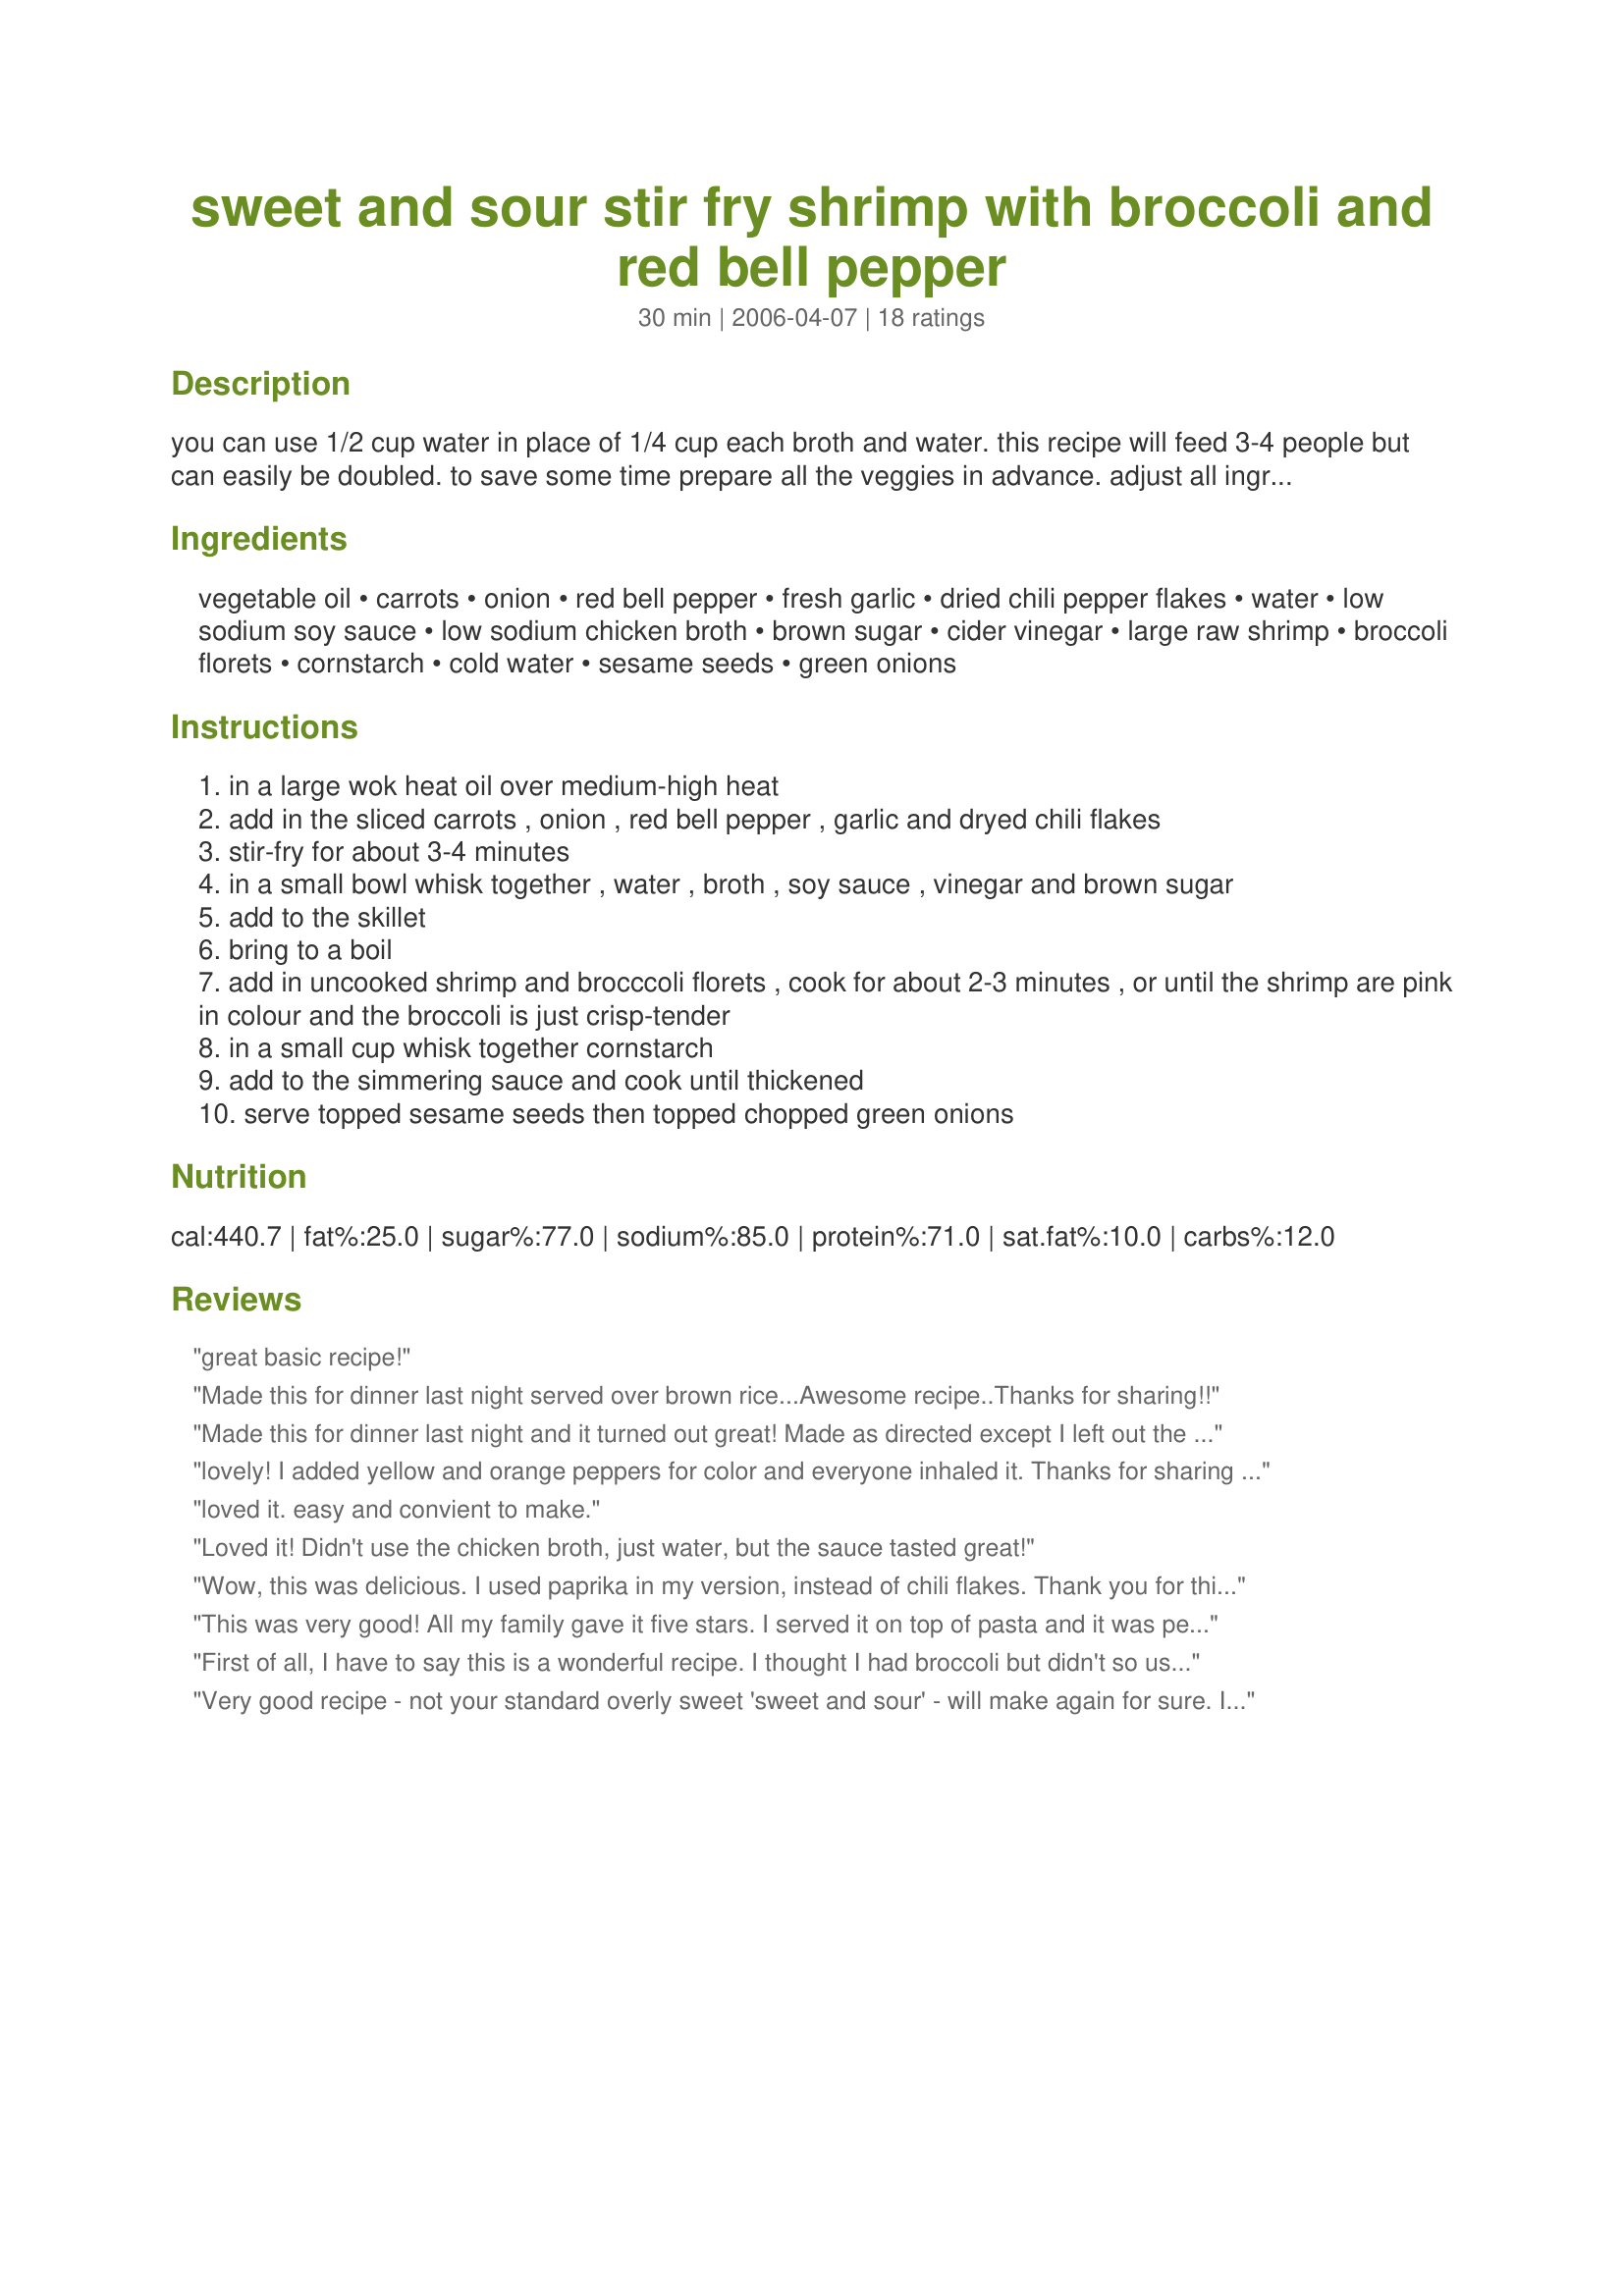
sweet and sour stir fry shrimp with broccoli and red bell pepper
Preparation time: 30 minutes

you can use 1/2 cup water in place of 1/4 cup each broth and water. this recipe will feed 3-4 people but can easily be doubled. to save some time prepare all the veggies in advance. adjust all ingredients to taste. serve with cooked rice.

Ingredients:
vegetable oil, carrots, onion, red bell pepper, fresh garlic, dried chili pepper flakes, water, low sodium soy sauce, low sodium chicken broth, brown sugar, cider vinegar, large raw shrimp, broccoli florets, cornstarch, cold water, sesame seeds, green onions

Steps:
in a large wok heat oil over medium-high heat
add in the sliced carrots , onion , red bell pepper , garlic and dryed chili flakes
stir-fry for about 3-4 minutes
in a small bowl whisk together , water , broth , soy sauce , vinegar and brown sugar
add to the skillet
bring to a boil
add in uncooked shrimp and brocccoli florets , cook for about 2-3 minutes , or until the shrimp are pink in colour and the broccoli is just crisp-tender
in a small cup whisk together cornstarch
add to the simmering sauce and cook until thickened
serve topped sesame seeds then topped chopped green onions

Reviews:
great basic recipe!
Made this for dinner last night served over brown rice...Awesome recipe..Thanks for sharing!!
Made this for dinner last night and it turned out great! Made as directed except I left out the onion (personal taste). The sauce was amazing and there was enough for the rice I served it with. If you are going to make this with rice, start your rice first because this dish cooks fast. I made this mistake and ended up with overcooked shrimp. I used canned chicken broth and used the rest of the can to cook the rice in so that it did not go to waste. This will definitely be a go to recipe in my house! Thanks kittencalskitchen for a great recipe.
lovely! I added yellow and orange peppers for color and everyone inhaled it. Thanks for sharing this excellent recipe!
loved it. easy and convient to make.
Loved it! Didn't use the chicken broth, just water, but the sauce tasted great!
Wow, this was delicious. I used paprika in my version, instead of chili flakes. Thank you for this yummy recipe!
This was very good! All my family gave it five stars. I served it on top of pasta and it was perfect. Thanks for sharing.
First of all, I have to say this is a wonderful recipe. I thought I had broccoli but didn't so used frozen peas instead, and they were perfect. I did add some waterchestnuts...we love them.
Now the only fault I found was me......I thought I read 3T. pepper flakes and decided that was way too hot, so I just used one....Duh ! We found ourselves drinking lots of water while we ate. Later, I looked at the amount again, and (gulp !) it said 2t. I didn't cut the heat, I just upped it by a third. Well, I learn by mistakes!
The flavor was right on, and I will make this again......and read it right next time.
Thanks Kittencal.
Donna
Very good recipe - not your standard overly sweet 'sweet and sour' - will make again for sure. I'm back (a year+ after my inital review) to increase my rating to 5 stars as this has become a regular feature at our dinner table and still gets 2 thumbs up.
This recipe is fabulous!! I didn't have shrimp or bell peppers so I used mushrooms, bamboo shoots and water chestnuts. I also substitued stevia for the brown sugar. It was delicious with chicken baked in a soy/honey sauce and brown rice! Thanks!
Just cooked this recipe tonight and it was sooo GOOD!!! I used snowpeas instead of bell peppers and I added a touch more garlic than the recipe called for just because I really love garlic. I also had to add a touch more cornstarch to get the consistency that I wanted.I served it over brown rice. I'm just learning to cook and I can tell you that this recipe will be used a lot.
Yowza! This was terrific. I used less shrimp, cauliflower, no carrots, yellow bell pepper, and extra chile flakes. Served over some leftover white rice. I'll definitely work this into the rotation!
Easy and really flavorful. We enjoyed this recipe for dinner tonight. The only modification we made was to use "No Chicken Broth", which is a chicken broth substitute for vegetarians. Thanks!
A great stir-fry served over brown rice. I cut back on the brown sugar and used all broth, no water.
Absolutely delicious! I added some fresh snow peas to the veggies, and also added a touch more water to the cornstarch/water mixture. Everything turned out perfectly, and was wonderful over white rice. The rice soaked up the sauce; yum! Thanks Kittencal!
This waS delicious! I added mixed frozen stir fry veggies
and we like hot stuff so added some habeneros! Uffda! Our mouths were on fire but we ate every bite! Good thing I had some homemade buns and plain jasmine rice to soothe our mouths! Esp. the lips!!! 
Oh how we loved it!
Thank you for another great recipe!!! 
Hugs, Jelly :)
Made half a recipe for the two of us and it was great. Loved all the veggies in it. Served with egg rolls.
